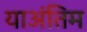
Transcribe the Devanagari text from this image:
याअंतिम